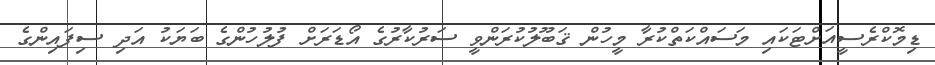
ޑިމޮކްރެސީއަށްޓަކައި މަސައްކަތްކުރާ މީހުން ޤަބޫލުކުރަންވީ ސަރުކާރުގެ އޯޑަރަށް ފުލުހުންގެ ބަޔަކު އަދި ސިފައިންގެ